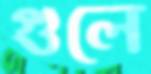
গুলে